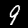
Label: 9